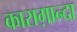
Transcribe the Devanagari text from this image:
काराग़ान्दा